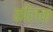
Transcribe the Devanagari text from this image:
कीलकं